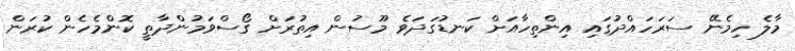
މާލެ ހިމެނޭ ސަރަހައްދުގައި އިންތިހާއަށް ކަނޑުގަދަވެ މޫސުން އިތުރަށް ގޯސްވަމުންދާތީ ކޮންމެހެން ކުރަން